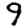
Digit: 9